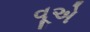
વૂએ